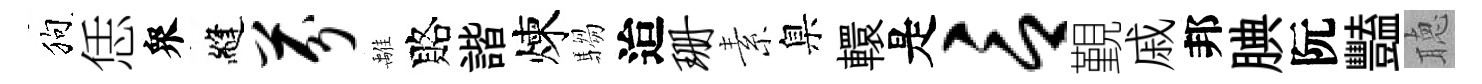
狗恁衆縫芬𩀌賂諧煉騶迨珊素臬轘是言覲戚邦腆阮豔聴